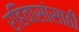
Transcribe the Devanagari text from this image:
रहिवासांसाठी